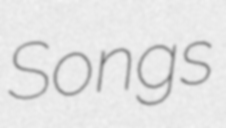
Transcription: Songs